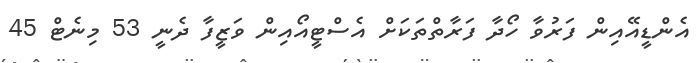
އެންޑީއޭއިން ފަރުވާ ހޯދާ ފަރާތްތަކަށް އެސްޓީއޯއިން ވަޒީފާ ދެނީ 53 މިނެޓް 45